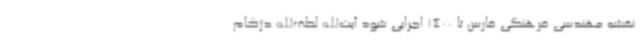
نقشه مهندسی فرهنگی فارس تا 1400 اجرایی شود آیت‌الله لطف‌الله دژکام